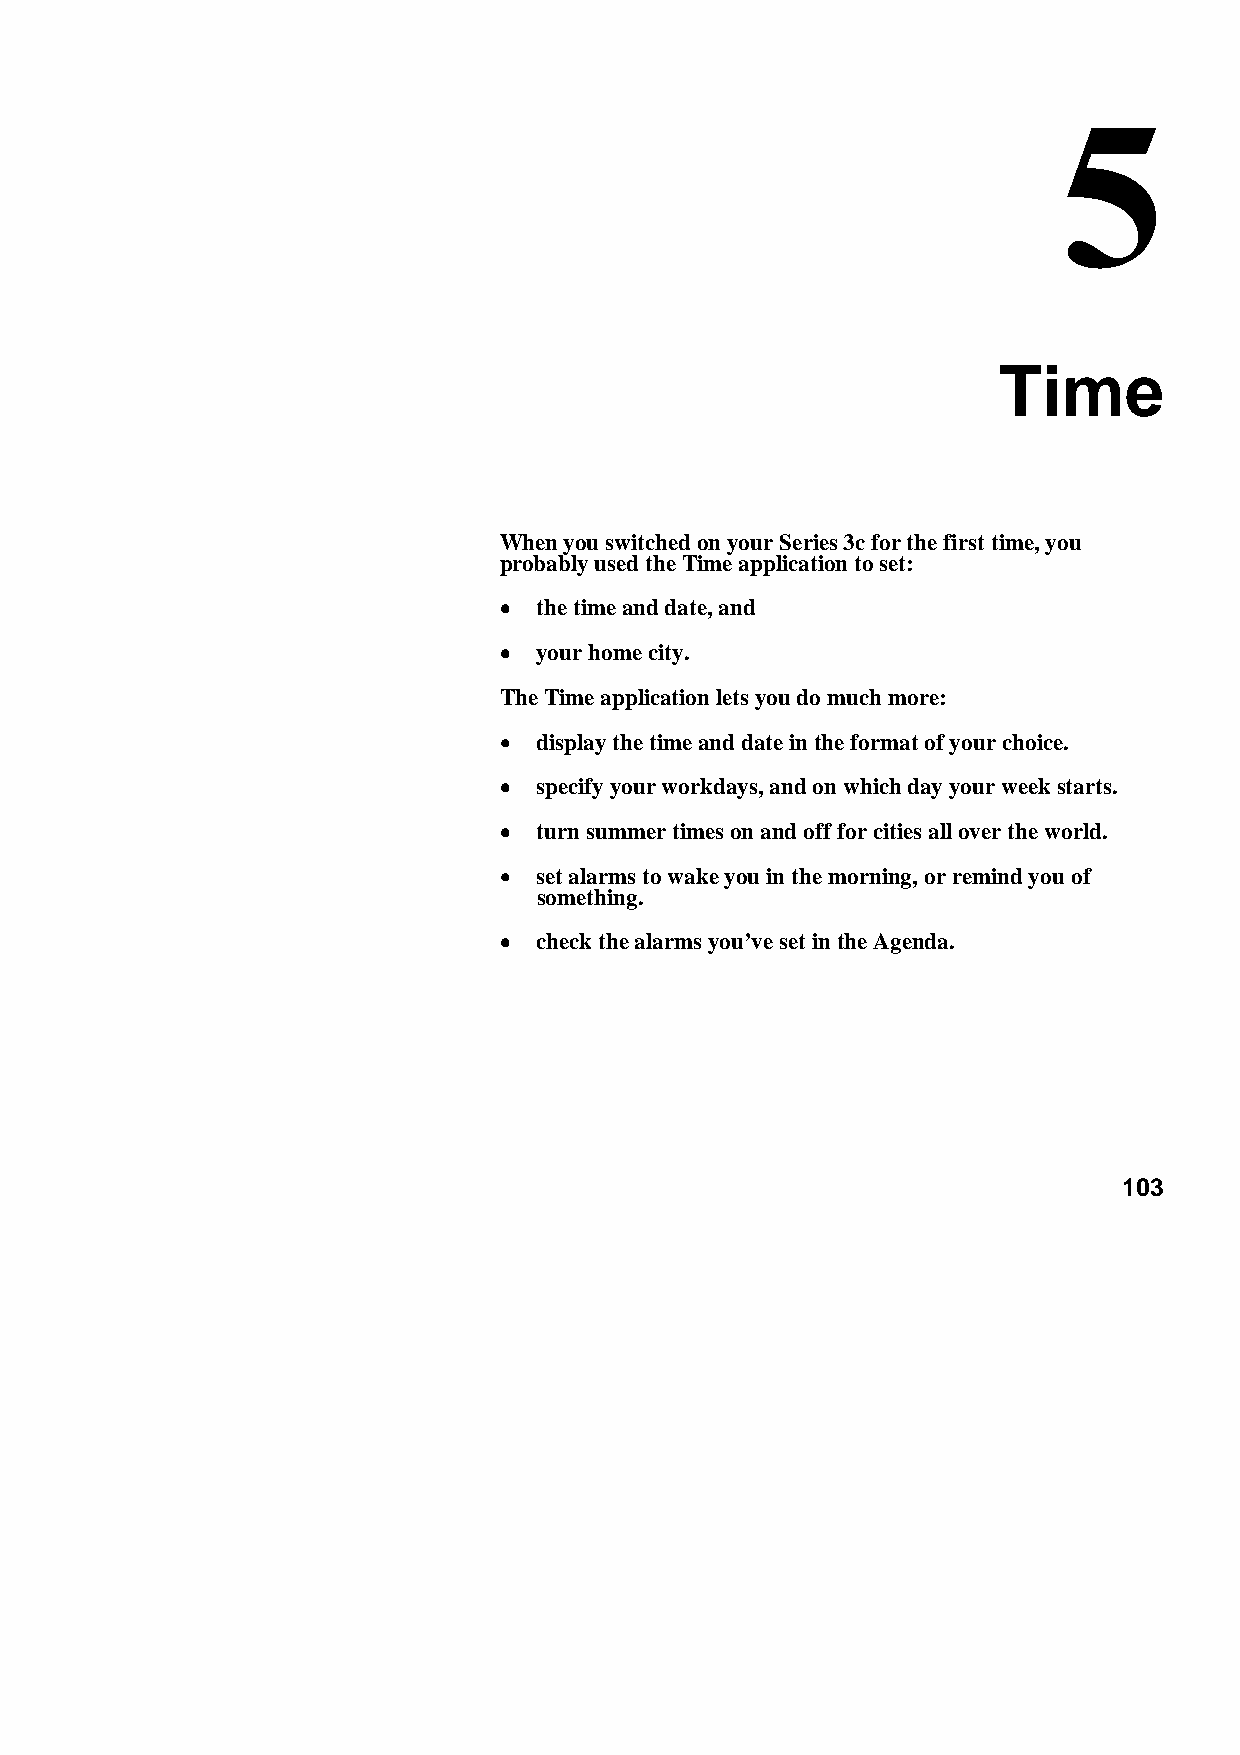
Time
 When you switched on your Series 3c for the first time, you
 probably used the Time application to set:
 •••• the time and date, and
 •••• your home city.
 The Time application lets you do much more:
 •••• display the time and date in the format of your choice.
 •••• specify your workdays, and on which day your week starts.
 •••• turn summer times on and off for cities all over the world.
 •••• set alarms to wake you in the morning, or remind you of
 something.
 •••• check the alarms you’ve set in the Agenda.
 103